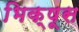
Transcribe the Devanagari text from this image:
भिक्षूस